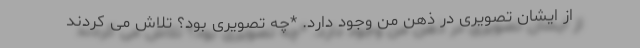
از ایشان تصویری در ذهن من وجود دارد. *چه تصویری بود؟ تلاش می کردند